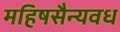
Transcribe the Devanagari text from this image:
महिषसैन्यवध